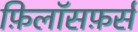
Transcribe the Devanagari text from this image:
फ़िलॉसफ़र्स